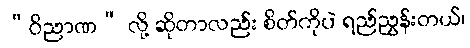
“ဝိညာဏ” လို့ ဆိုတာလည်း စိတ်ကိုပဲ ရည်ညွှန်းတယ်၊